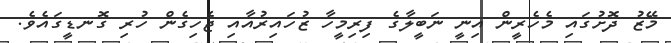
މޭޒު ދޮށުގައި މެހެރީން އިނީ ނަބީލާގެ ފިރިމީހާ ޒުހައިރުއާއި ޖެހިގެން ހުރި ގޮނޑީގައެވެ.